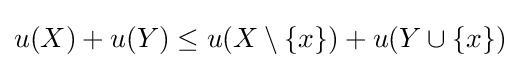
u(X)+u(Y)\leq u(X\setminus \{x\})+u(Y\cup \{x\})